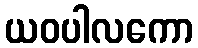
ယဝပါလကော